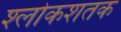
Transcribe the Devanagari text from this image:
श्लोकशतक